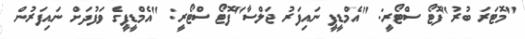
"މޮޓަރަ ބުރު"ފޮޓޯ ސްޓޯރީ: "އެމްޑީޕީ ނައިފަރު ޖަލްސާ"ފޮޓޯ ސްޓޯރީ: "އެމްޑީޕީގެ ވަފުދަށް ނައިފަރުން